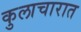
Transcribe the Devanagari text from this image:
कुलाचारात